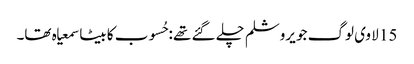
15 لا وی لوگ جو یروشلم چلے گئے تھے :حُسوب کا بیٹا سمعیاہ تھا۔